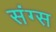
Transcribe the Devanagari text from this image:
संग्स